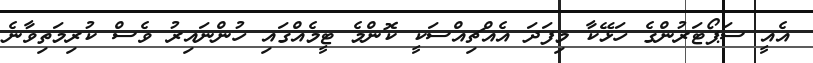
އެއީ ސަޕޯޓަރުންގެ ހަޅޭކާ މިފަދަ އެއްޗިއްސަކީ ކޮންމެ ޓީމެއްގައި ހުންނައިރު ވެސް ކުރިމަތިވާނެ